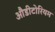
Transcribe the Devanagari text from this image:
औडीटोरियम